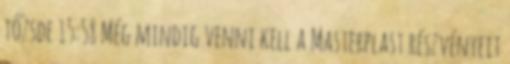
tőzsde 15:58 Még mindig venni kell a Masterplast részvényeit